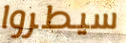
سيطروا